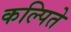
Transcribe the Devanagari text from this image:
कल्पिते